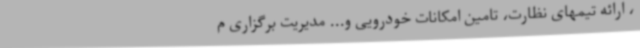
، ارائه تیمهای نظارت، تامین امکانات خودرویی و... مدیریت برگزاری م